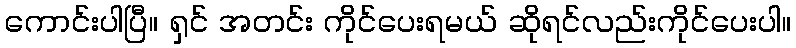
ကောင်းပါပြီ။ ရှင် အတင်း ကိုင်ပေးရမယ် ဆိုရင်လည်းကိုင်ပေးပါ။